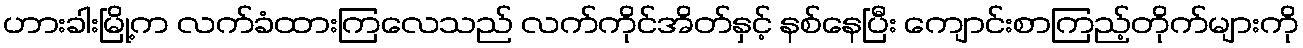
ဟားခါးမြို့က လက်ခံထားကြလေသည် လက်ကိုင်အိတ်နှင့် နစ်နေပြီး ကျောင်းစာကြည့်တိုက်များကို